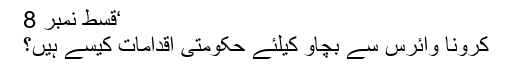
‘قسط نمبر 8
کرونا وائرس سے بچاو کیلئے حکومتی اقدامات کیسے ہیں؟